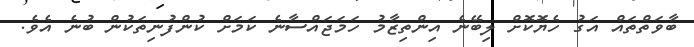
ބާވަތްތައް އަގު ހެޔޮކޮށް ލިބޭނެ އިންތިޒާމު ހަމަޖައްސާނެ ކަމަށް ކުންފުނިތަކުން ބުނެ އެވެ.